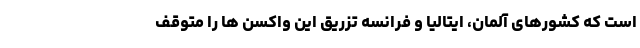
است که کشورهای آلمان، ایتالیا و فرانسه تزریق این واکسن ها را متوقف